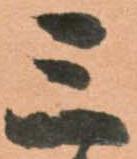
三